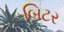
બિટર